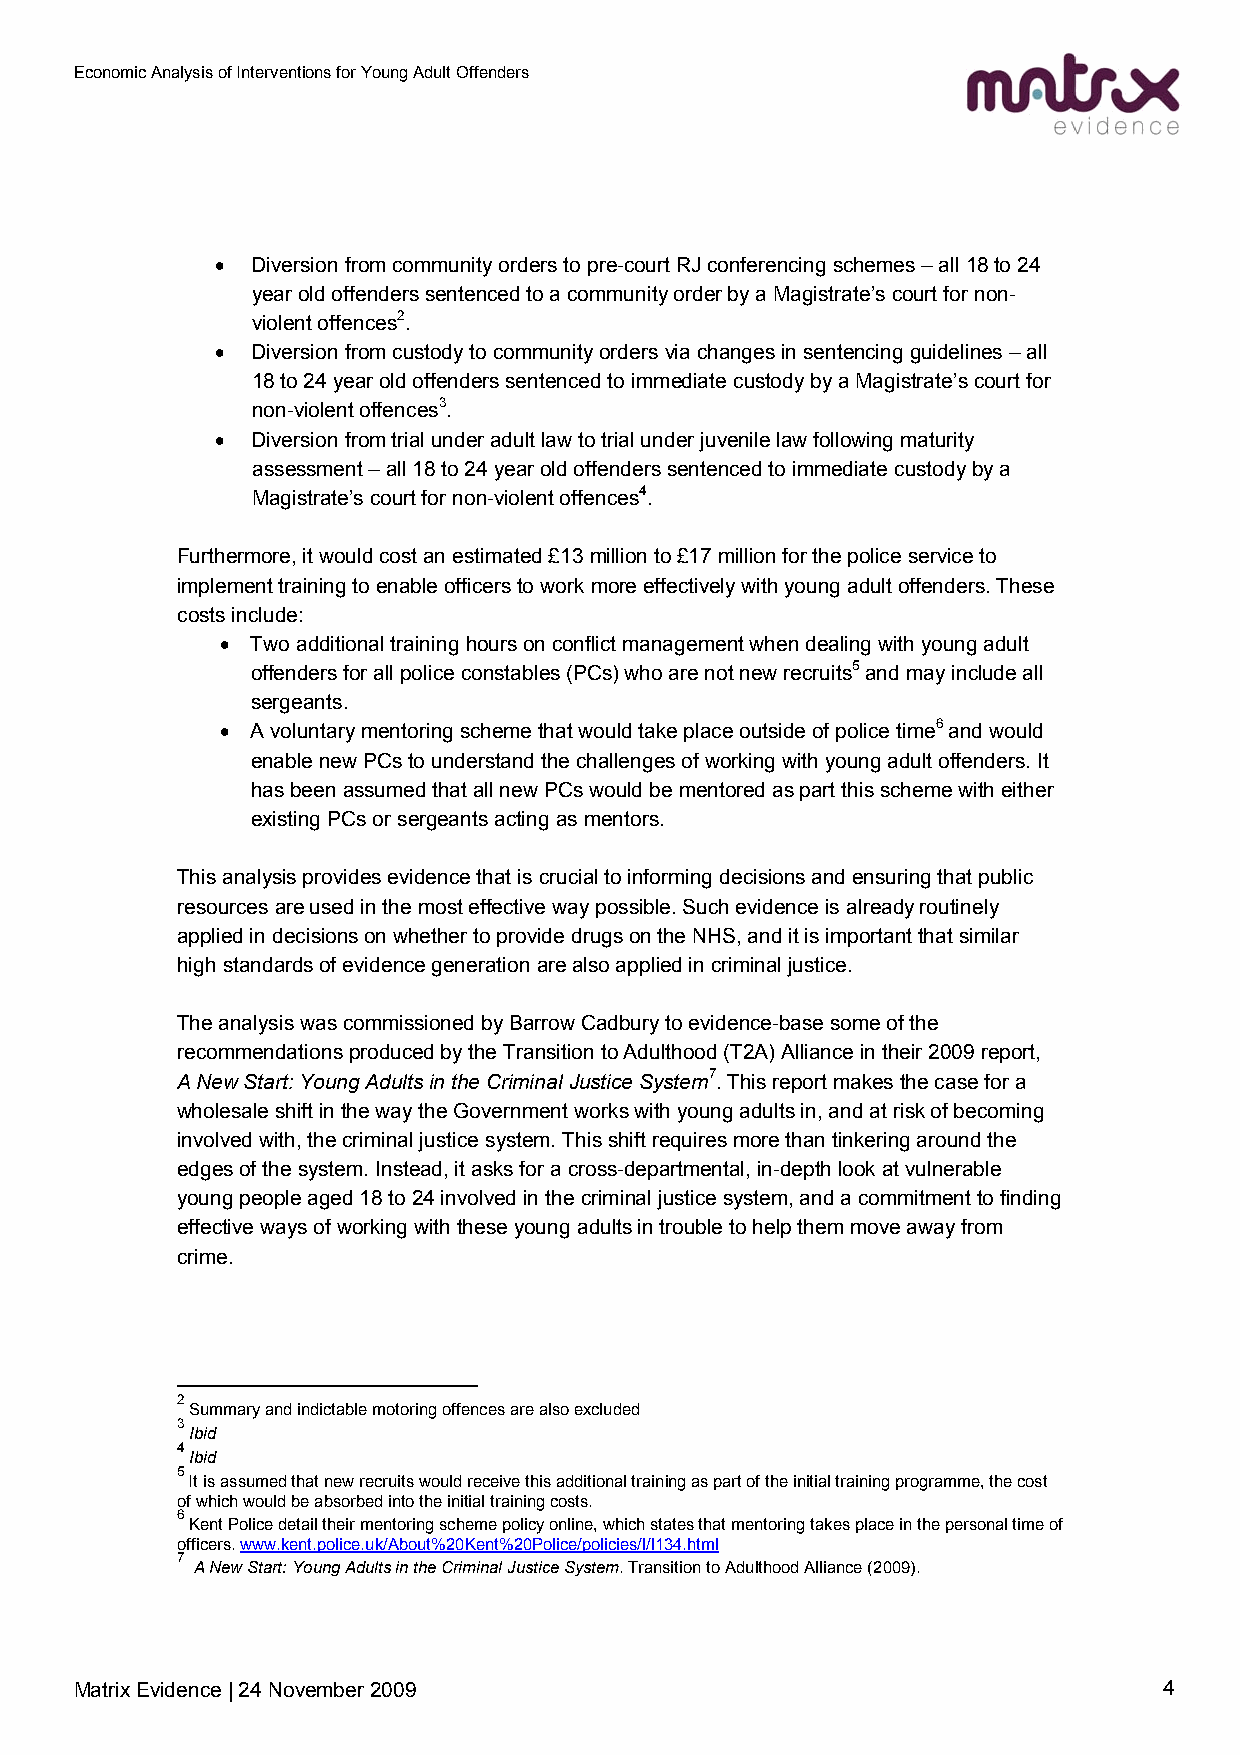
Economic Analysis of Interventions for Young Adult Offenders
 •  Diversion from community orders to pre-court RJ conferencing schemes – all 18 to 24
 year old offenders sentenced to a community order by a Magistrate’s court for non-
 violent offences2.
 •  Diversion from custody to community orders via changes in sentencing guidelines – all
 18 to 24 year old offenders sentenced to immediate custody by a Magistrate’s court for
 non-violent offences3.
 •  Diversion from trial under adult law to trial under juvenile law following maturity
 assessment – all 18 to 24 year old offenders sentenced to immediate custody by a
 Magistrate’s court for non-violent offences4.
 Furthermore, it would cost an estimated £13 million to £17 million for the police service to
 implement training to enable officers to work more effectively with young adult offenders. These
 costs include:
 • Two additional training hours on conflict management when dealing with young adult
 offenders for all police constables (PCs) who are not new recruits5 and may include all
 sergeants.
 • A voluntary mentoring scheme that would take place outside of police time6 and would
 enable new PCs to understand the challenges of working with young adult offenders. It
 has been assumed that all new PCs would be mentored as part this scheme with either
 existing PCs or sergeants acting as mentors.
 This analysis provides evidence that is crucial to informing decisions and ensuring that public
 resources are used in the most effective way possible. Such evidence is already routinely
 applied in decisions on whether to provide drugs on the NHS, and it is important that similar
 high standards of evidence generation are also applied in criminal justice.
 The analysis was commissioned by Barrow Cadbury to evidence-base some of the
 recommendations produced by the Transition to Adulthood (T2A) Alliance in their 2009 report,
 A New Start: Young Adults in the Criminal Justice System7. This report makes the case for a
 wholesale shift in the way the Government works with young adults in, and at risk of becoming
 involved with, the criminal justice system. This shift requires more than tinkering around the
 edges of the system. Instead, it asks for a cross-departmental, in-depth look at vulnerable
 young people aged 18 to 24 involved in the criminal justice system, and a commitment to finding
 effective ways of working with these young adults in trouble to help them move away from
 crime.
 2
 Summary and indictable motoring offences are also excluded
 3
 Ibid
 4
 Ibid
 5
 It is assumed that new recruits would receive this additional training as part of the initial training programme, the cost
 of which would be absorbed into the initial training costs.
 6
 Kent Police detail their mentoring scheme policy online, which states that mentoring takes place in the personal time of
 officers. www.kent.police.uk/About%20Kent%20Police/policies/l/l134.html
 7
 A New Start: Young Adults in the Criminal Justice System. Transition to Adulthood Alliance (2009).
 Matrix Evidence | 24 November 2009                                      4